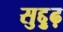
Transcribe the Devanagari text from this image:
सुद्दुृढ़